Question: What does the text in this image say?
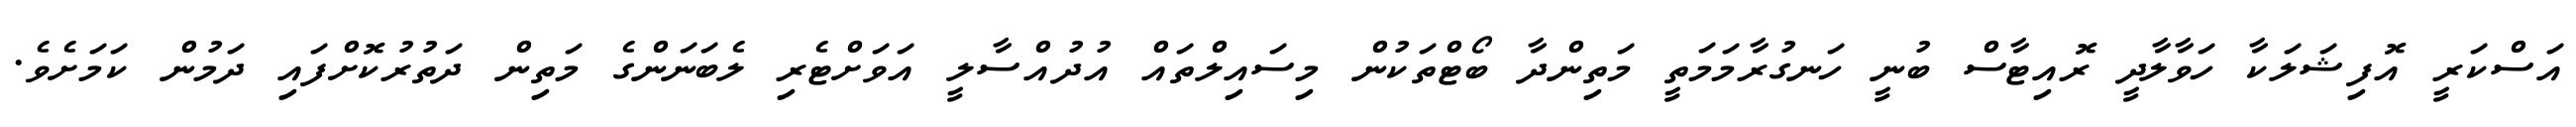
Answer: އަސްކަރީ އޮފިޝަލަކާ ހަވާލާދީ ރޮއިޓާސް ބުނީ ހަނގުރާމަމަތީ މަތިންދާ ބޯޓްތަކުން މިސައިލްތައް އުދުއްސާލީ އަވަށްޓެރި ލެބަނަންގެ މަތިން ދަތުރުކޮށްފައި ދަމުން ކަމަށެވެ.